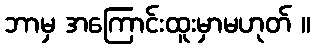
ဘာမှ အကြောင်းထူးမှာမဟုတ် ။